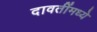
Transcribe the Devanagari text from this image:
दावतींमध्ये